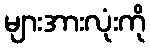
များအားလုံးကို